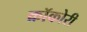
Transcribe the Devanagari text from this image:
क्रॉकोरी